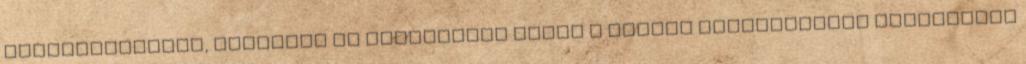
adómentességet, valamint az ellenállás jogát a király törvénytelen aktusaival